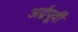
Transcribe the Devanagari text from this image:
अर्द्वपूर्वी